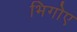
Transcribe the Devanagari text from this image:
भिगोए